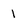
Character: 1